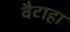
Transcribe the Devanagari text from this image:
वैटाहा